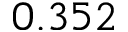
0 . 3 5 2